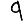
Digit: 9